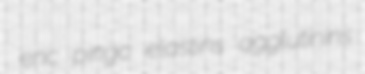
enc pingo elastins agglutinins